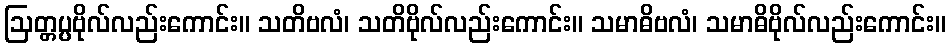
ဩတ္တပ္ပဗိုလ်လည်းကောင်း။ သတိဗလံ၊ သတိဗိုလ်လည်းကောင်း။ သမာဓိဗလံ၊ သမာဓိဗိုလ်လည်းကောင်း။